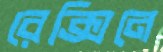
রেক্সিনে